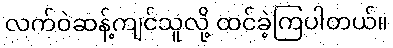
လက်ဝဲဆန့်ကျင်သူလို့ ထင်ခဲ့ကြပါတယ်။